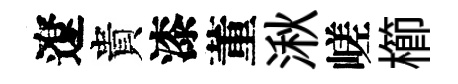
遼貴漆董湫嵯櫛